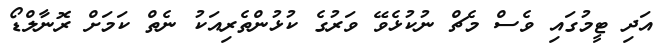
އަދި ޓީމުގައި ވެސް މެޗް ނުކުޅެވޭ ވަރުގެ ކުޅުންތެރިއަކު ނެތް ކަމަށް ރޮނާލްޑޯ